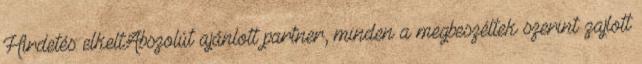
Hirdetés: elkeltAbszolút ajánlott partner, minden a megbeszéltek szerint zajlott